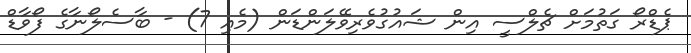
ޕެޑްރޯ ގަތުމަށް ޗެލްސީ އިން ޝައުގުވެރިވޭލަންޑަން (މެއި 7) - ބާސެލޯނާގެ ފޯވާޑް